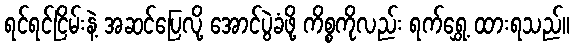
ရင်ရင်ငြိမ်းနဲ့ အဆင်ပြေလို့ အောင်ပွဲခံဖို့ ကိစ္စကိုလည်း ရက်ရွှေ့ ထားရသည်။